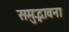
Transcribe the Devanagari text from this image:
समुद्भावना